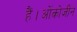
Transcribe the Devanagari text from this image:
हैं।ओंकोजीन